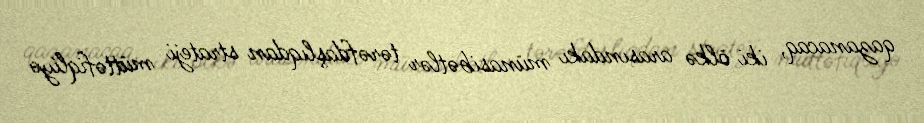
qazanacaq, iki ölkə arasındakı münasibətlər tərəfdaşlıqdan strateji müttəfiqliyə